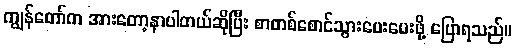
ကျွန်တော်က အားတော့နာပါတယ်ဆိုပြီး စာတစ်စောင်သွားပေးပေးဖို့ ပြောရသည်။